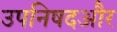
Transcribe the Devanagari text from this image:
उपनिषदऔर